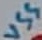
Text: VSS